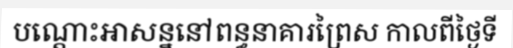
បណ្តោះអាសន្ននៅពន្ធនាគារព្រៃស កាលពីថ្ងៃទី